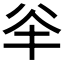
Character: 𠔎